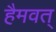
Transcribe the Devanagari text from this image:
हैमवत्